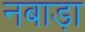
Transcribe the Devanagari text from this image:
नबाड़ा